Plague in India, 1896, 1897 - Volume 2
Year: 1896
Disease focus: Plague
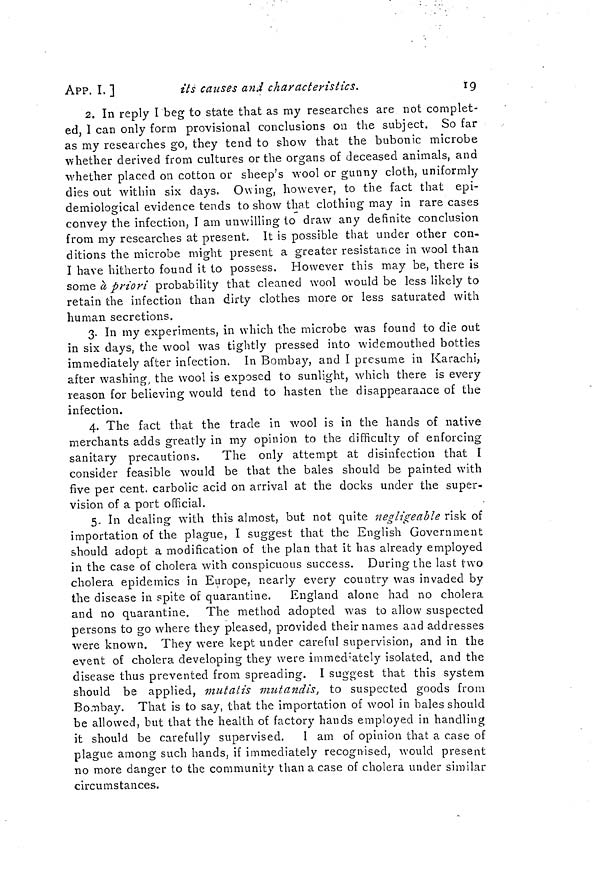
APP. I. ]
its causes and characteristics.
19
2. In reply I beg to state that as my researches are not complet-
ed, I can only form provisional conclusions on the subject. So far
as my researches go, they tend to show that the bubonic microbe
whether derived from cultures or the organs of deceased animals, and
whether placed on cotton or sheep's wool or gunny cloth, uniformly
dies out within six days. Owing, however, to the fact that epi-
demiological evidence tends to show that clothing may in rare cases
convey the infection, I am unwilling to draw any definite conclusion
from my researches at present. It is possible that under other con-
ditions the microbe might present a greater resistance in wool than
I have hitherto found it to possess. However this may be, there is
some a priori probability that cleaned wool would be less likely to
retain the infection than dirty clothes more or less saturated with
human secretions.
3. In my experiments, in which the microbe was found to die out
in six days, the wool was tightly pressed into widemouthed bottles
immediately after infection. In Bombay, and I presume in Karachi,
after washing, the wool is exposed to sunlight, which there is every
reason for believing would tend to hasten the disappearance of the
infection.
4. The fact that the trade in wool is in the hands of native
merchants adds greatly in my opinion to the difficulty of enforcing
sanitary precautions.
The only attempt at disinfection that I
consider feasible would be that the bales should be painted with
five per cent, carbolic acid on arrival at the docks under the super-
vision of a port official.
5. In dealing with this almost, but not quite négligeable risk of
importation of the plague, I suggest that the English Government
should adopt a modification of the plan that it has already employed
in the case of cholera with conspicuous success. During the last two
cholera epidemics in Europe, nearly every country was invaded by
the disease in spite of quarantine.
England alone had no cholera
and no quarantine. The method adopted was to allow suspected
persons to go where they pleased, provided their names aad addresses
were known. They were kept under careful supervision, and in the
event of cholera developing they were immediately isolated, and the
disease thus prevented from spreading. I suggest that this system
should be applied, mutalis mutandis, to suspected goods from
Bombay. That is to say, that the importation of wool in bales should
be allowed, but that the health of factory hands employed in handling
it should be carefully supervised. I am of opinion that a case of
plague among such hands, if immediately recognised, would present
no more danger to the community than a case of cholera under similar
circumstances.